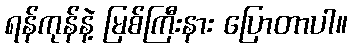
ရန်ကုန်နဲ့ မြစ်ကြီးနား ပြောတာပါ။